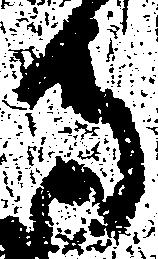
寺